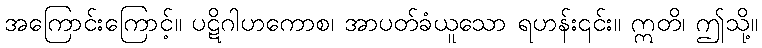
အကြောင်းကြောင့်။ ပဋိဂါဟကောစ၊ အာပတ်ခံယူသော ရဟန်း၎င်း။ ဣတိ၊ ဤသို့။